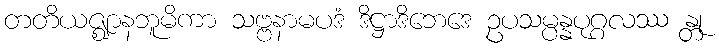
တတိယဇ္ဈာနဘူမိကာ သဗ္ဗနာမပဒံ ဒိဋ္ဌာဒိဘေဒေ ဥပသမ္ပန္နပုဂ္ဂလဿ န္တု